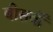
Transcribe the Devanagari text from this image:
बीसवीँ